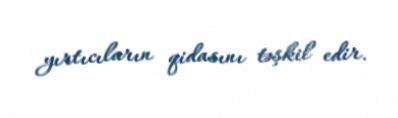
yırtıcıların qidasını təşkil edir.